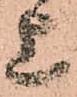
上